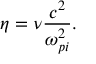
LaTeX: \eta = \nu { \frac { c ^ { 2 } } { \omega _ { p i } ^ { 2 } } } .